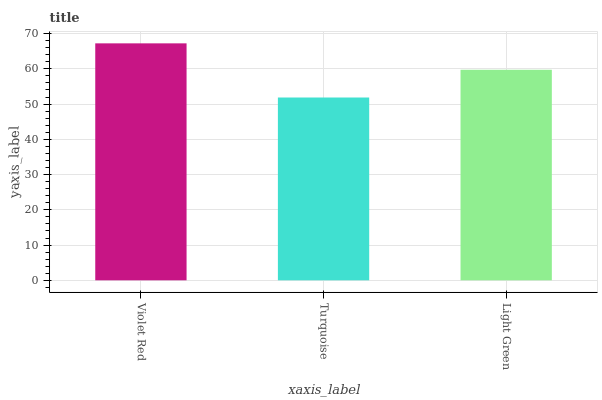
| xaxis_label | bars |
 | --- | --- |
 | Violet Red | 67.2 |
 | Turquoise | 51.9 |
 | Light Green | 59.7 |